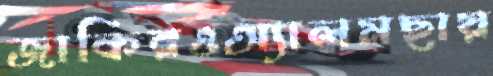
জাকিরওঅ্যালমছায়